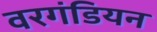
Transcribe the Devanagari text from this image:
वरगंडियन